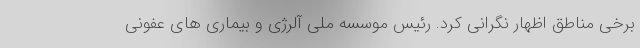
برخی مناطق اظهار نگرانی کرد. رئیس موسسه ملی آلرژی و بیماری های عفونی